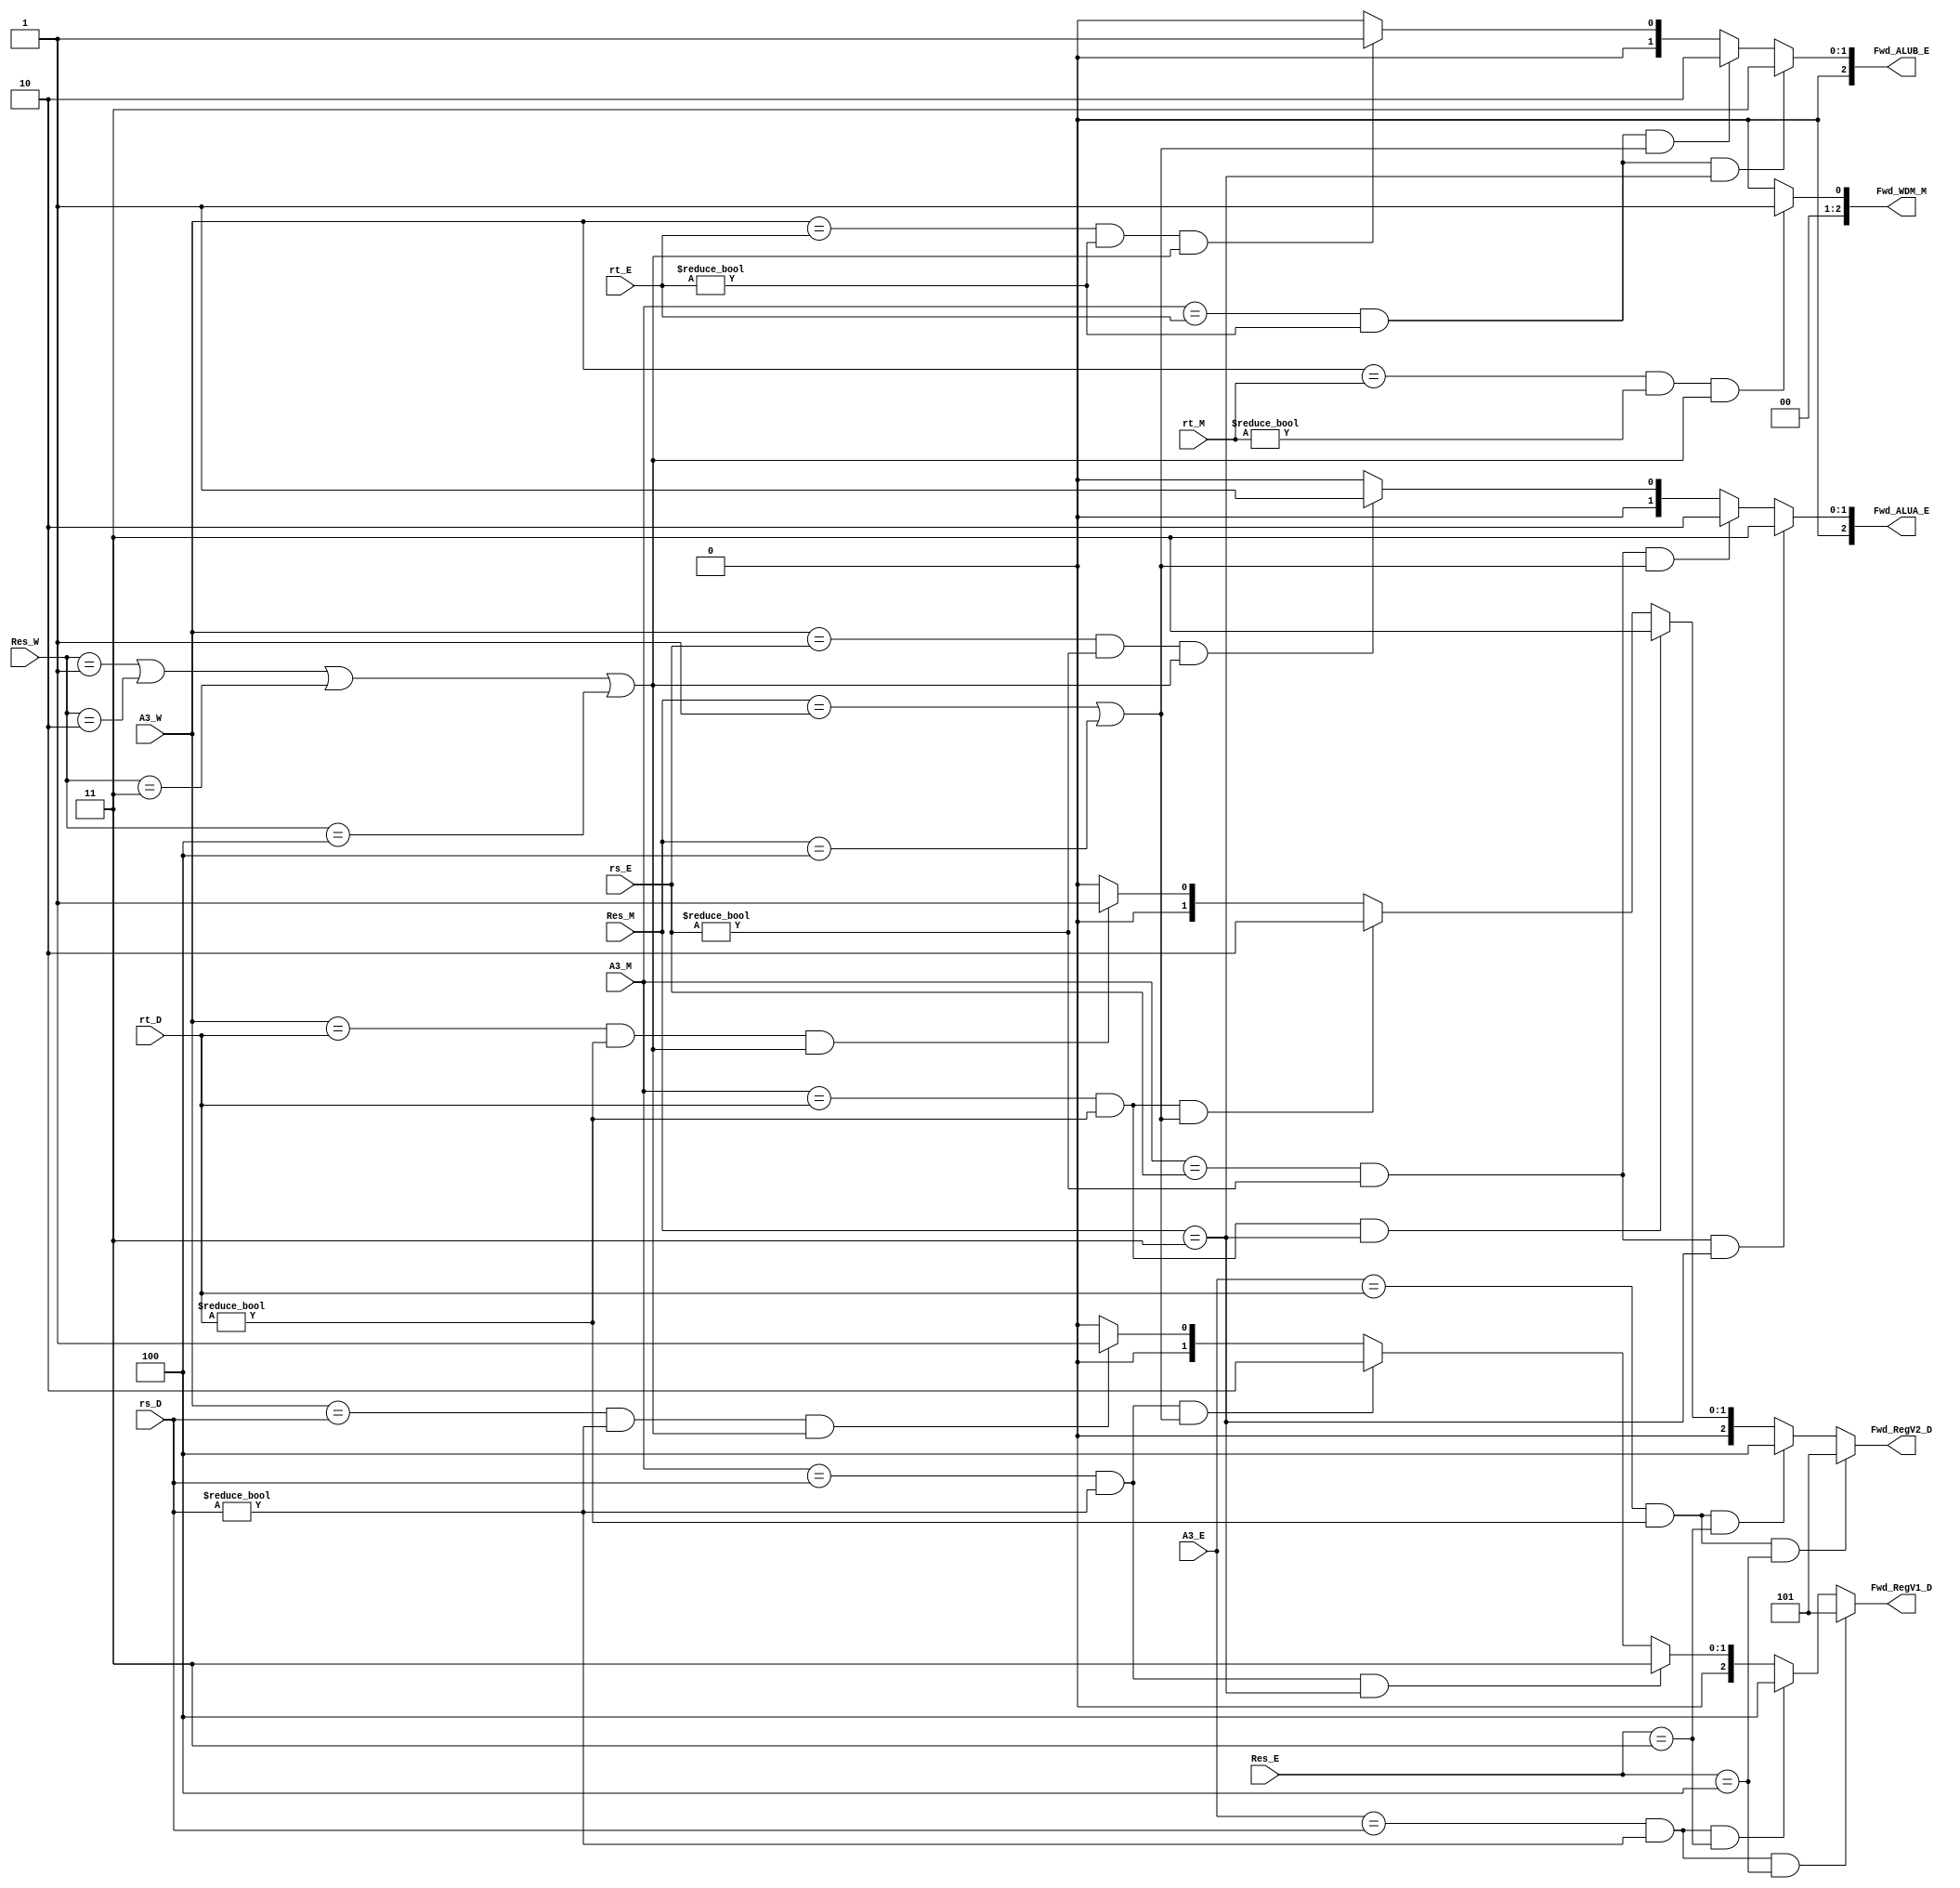
`timescale 1ns / 1ps
//////////////////////////////////////////////////////////////////////////////////
// Company: 
// Engineer: 
// 
// Design Name: 
// Module Name:    ForwardUnit 
// Project Name: 
// Target Devices: 
// Tool versions: 
// Description: 
//
// Dependencies: 
//
// Revision: 
// Revision 0.01 - File Created
// Additional Comments: 
//
//////////////////////////////////////////////////////////////////////////////////
`define MOVZ 3'b100	//DALU,WD
`define ALU 3'b001	//StallUnit
`define DM  3'b010
`define PC  3'b011
`define NW  3'b000	//
module ForwardUnit(
    input [4:0] rs_D,
    input [4:0] rt_D,
    input [4:0] rs_E,
    input [4:0] rt_E,
	input [4:0] rt_M,
    input [4:0] A3_E,
    input [4:0] A3_M,
    input [4:0] A3_W,
    input [2:0] Res_E,
    input [2:0] Res_M,
    input [2:0] Res_W,
	output [2:0] Fwd_RegV1_D,
	output [2:0] Fwd_RegV2_D,
	output [2:0] Fwd_ALUA_E,
	output [2:0] Fwd_ALUB_E,
	output [2:0] Fwd_WDM_M
    );
	//E,M,WD
	`define E2D_rs		5	//E->D, rs(movz)
	`define E2D_PCAdd8	4	//E->D, PCAdd8
	`define M2D_PCAdd8	3	//M->D, PCAdd8
	`define M2D_ALU		2	//M->D, ALUOut
	`define W2D_WD		1	//W->D, WriteData
	`define ORIGINAL	0	//No Forward
	assign Fwd_RegV1_D = ((A3_E == rs_D) && (rs_D != 0) && (Res_E == `MOVZ)) ?`E2D_rs:
						 ((A3_E == rs_D) && (rs_D != 0) && (Res_E == `PC)) ?`E2D_PCAdd8:
			/*V1->rs*/	 ((A3_M == rs_D) && (rs_D != 0) && (Res_M == `PC)) ?`M2D_PCAdd8:
						 ((A3_M == rs_D) && (rs_D != 0) && (Res_M == `ALU || Res_M == `MOVZ))?`M2D_ALU:
						 ((A3_W == rs_D) && (rs_D != 0) && (Res_W == `ALU || Res_W == `DM || Res_W == `PC || Res_W == `MOVZ))?`W2D_WD:
						 `ORIGINAL;
	assign Fwd_RegV2_D = ((A3_E == rt_D) && (rt_D != 0) && (Res_E == `MOVZ)) ?`E2D_rs:
						 ((A3_E == rt_D) && (rt_D != 0) && (Res_E == `PC)) ?`E2D_PCAdd8:
			/*V2->rt*/	 ((A3_M == rt_D) && (rt_D != 0) && (Res_M == `PC)) ?`M2D_PCAdd8:
						 ((A3_M == rt_D) && (rt_D != 0) && (Res_M == `ALU || Res_M == `MOVZ))?`M2D_ALU:
						 ((A3_W == rt_D) && (rt_D != 0) && (Res_W == `ALU || Res_W == `DM || Res_W == `PC || Res_W == `MOVZ))?`W2D_WD:
						 `ORIGINAL;
	//M,WE
	`define M2E_PCAdd8	3	//M->E, PCAdd8
	`define M2E_ALU		2	//M->E, ALUOut
	`define W2E_WD		1	//W->E, WriteData
	`define ORIGINAL	0	//No Forward
	assign Fwd_ALUA_E = ((A3_M == rs_E) && (rs_E != 0) && (Res_M == `PC)) ?`M2E_PCAdd8:
		  /*ALUA->rs*/  ((A3_M == rs_E) && (rs_E != 0) && (Res_M == `ALU || Res_M == `MOVZ))?`M2E_ALU:
					    ((A3_W == rs_E) && (rs_E != 0) && (Res_W == `ALU || Res_W == `DM || Res_W == `PC || Res_W == `MOVZ))?`W2E_WD:
						`ORIGINAL;
	assign Fwd_ALUB_E = ((A3_M == rt_E) && (rt_E != 0) && (Res_M == `PC)) ?`M2E_PCAdd8:
		  /*ALUB->rt*/  ((A3_M == rt_E) && (rt_E != 0) && (Res_M == `ALU || Res_M == `MOVZ))?`M2E_ALU:
					    ((A3_W == rt_E) && (rt_E != 0) && (Res_W == `ALU || Res_W == `DM || Res_W == `PC || Res_W == `MOVZ))?`W2E_WD:
						`ORIGINAL;
	//WMsw
	`define W2M_WD		1	//W->M, WriteData
	`define ORIGINAL	0	//No Forward
	assign Fwd_WDM_M =  ((A3_W == rt_M) && (rt_M != 0) && (Res_W == `ALU || Res_W == `DM || Res_W == `PC || Res_W == `MOVZ))?`W2M_WD:
						`ORIGINAL;
endmodule